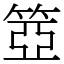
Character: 𥮳